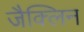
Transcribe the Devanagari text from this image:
जैक्लिन